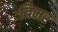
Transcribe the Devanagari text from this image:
त्रिमर